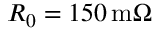
R _ { 0 } = 1 5 0 \, \mathrm { m } \Omega